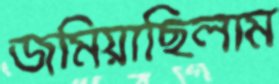
জমিয়াছিলাম